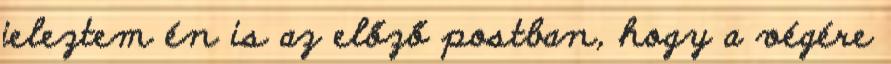
jeleztem én is az előző postban, hogy a végére